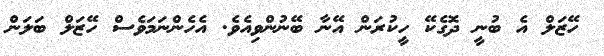
ހޭޒަލް އެ ބުނީ ދޮގެކޭ ހީކުރަން އޭނާ ބޭނުންވިއެވެ. އެހެންނަމަވެސް ހޭޒަލް ބަލަން